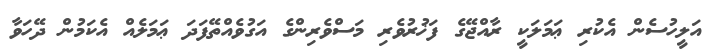
އަލީހުސެން އެކުރި ޢަމަލަކީ ރާއްޖޭގެ ފަޚުރުވެރި މަސްވެރިންގެ އަގުވެއްތޭފަދަ ޢަމަލެއް އެކަމުން ދޭހަވާ